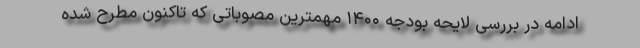
ادامه در بررسی لایحه بودجه ۱۴۰۰ مهمترین مصوباتی که تاکنون مطرح شده